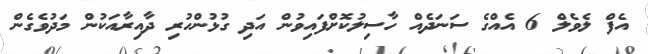
އެފް ލެވެލް 6 އެއްގެ ސަނަދެއް ހާސިލުކޮށްފައިވުން އަދި ގުޅުންހުރި ދާއިރާއަކުން މަދުވެގެން